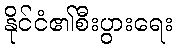
နိုင်ငံ၏စီးပွားရေး